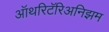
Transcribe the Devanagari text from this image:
ऑथरिटॅरिअनिझम